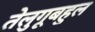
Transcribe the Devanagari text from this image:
तेलुगूबहुल